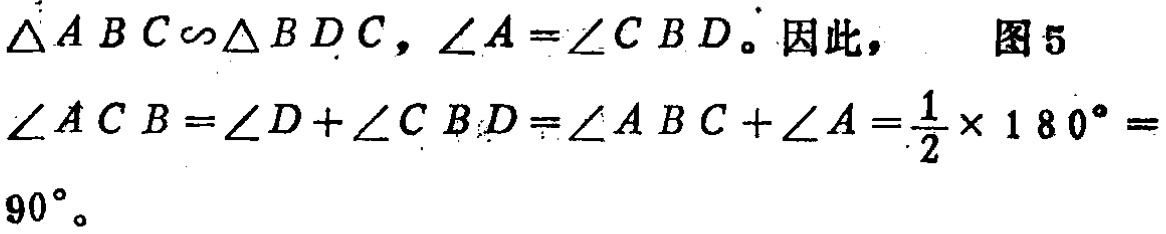
$\triangle ABC\backsim\triangle BDC,\angle A = \angle CBD。因此，\quad 图5\\

\angle ACB=\angle D+\angle CBD=\angle ABC + \angle A=\frac{1}{2}\times180^{\circ}=\\

90^{\circ}。$